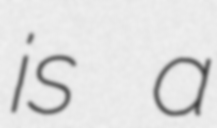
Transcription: is a